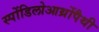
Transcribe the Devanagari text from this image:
स्पोंडिलोआर्थ्रोपैथी